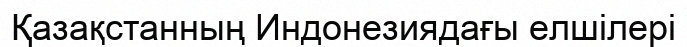
Қазақстанның Индонезиядағы елшілері